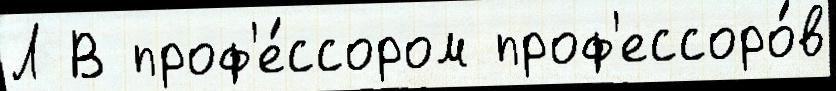
Л В проф'е́ссором проф'ессоро́в